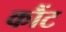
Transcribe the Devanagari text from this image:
कौंट